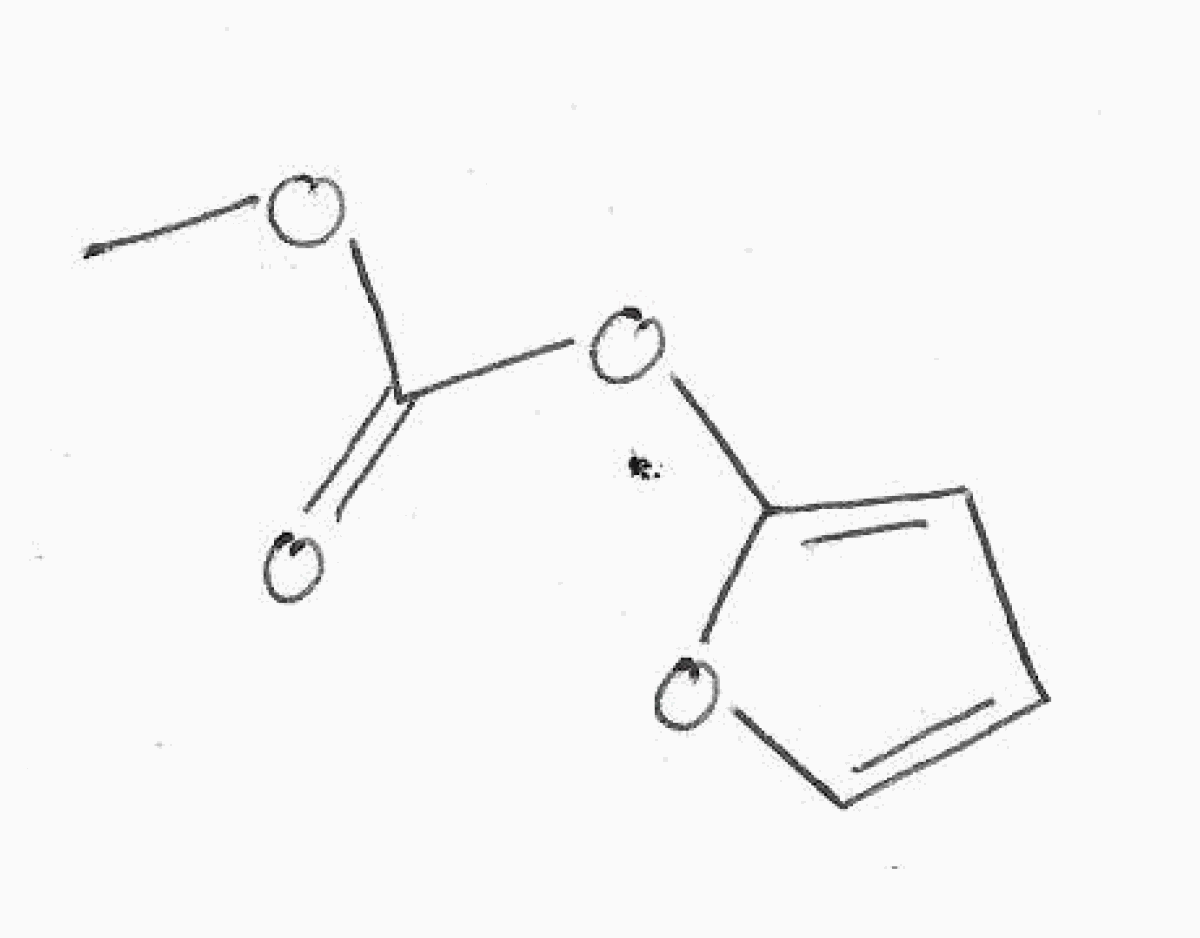
Simplified molecular-input line-entry system (SMILES) notation of the given molecule:
COC(=O)OC1=CC=CO1